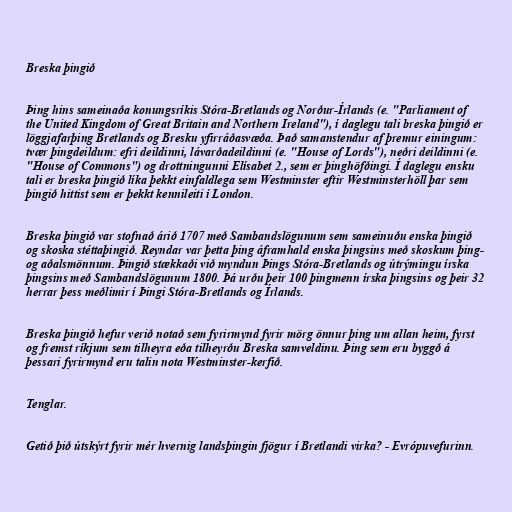
Breska þingið

Þing hins sameinaða konungsríkis Stóra-Bretlands og Norður-Írlands (e. "Parliament of
the United Kingdom of Great Britain and Northern Ireland"), í daglegu tali breska þingið er
löggjafarþing Bretlands og Bresku yfirráðasvæða. Það samanstendur af þremur einingum:
tvær þingdeildum: efri deildinni, lávarðadeildinni (e. "House of Lords"), neðri deildinni (e.
"House of Commons") og drottningunni Elísabet 2., sem er þinghöfðingi. Í daglegu ensku
tali er breska þingið líka þekkt einfaldlega sem Westminster eftir Westminsterhöll þar sem
þingið hittist sem er þekkt kennileiti í London.

Breska þingið var stofnað árið 1707 með Sambandslögunum sem sameinuðu enska þingið
og skoska stéttaþingið. Reyndar var þetta þing áframhald enska þingsins með skoskum þing-
og aðalsmönnum. Þingið stækkaði við myndun Þings Stóra-Bretlands og útrýmingu írska
þingsins með Sambandslögunum 1800. Þá urðu þeir 100 þingmenn írska þingsins og þeir 32
herrar þess meðlimir í Þingi Stóra-Bretlands og Írlands.

Breska þingið hefur verið notað sem fyrirmynd fyrir mörg önnur þing um allan heim, fyrst
og fremst ríkjum sem tilheyra eða tilheyrðu Breska samveldinu. Þing sem eru byggð á
þessari fyrirmynd eru talin nota Westminster-kerfið.

Tenglar.

Getið þið útskýrt fyrir mér hvernig landsþingin fjögur í Bretlandi virka? - Evrópuvefurinn.